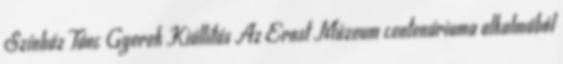
Színház Tánc Gyerek Kiállítás Az Ernst Múzeum centenáriuma alkalmából